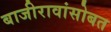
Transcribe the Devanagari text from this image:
बाजीरावांसोबत